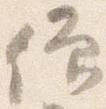
僧